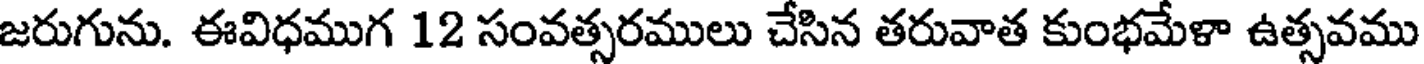
జరుగును. ఈవిధముగ 12 సంవత్సరములు చేసిన తరువాత కుంభమేళా ఉత్సవము